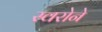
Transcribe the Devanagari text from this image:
स्वरोने